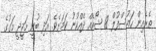
ތެރެއިން ހައުސްފުލް 18 ޝޯއެއް ދެއްކުނު ކަމަށެވެ. އަދި ބުނީ މަޖީދީ މަގުގެ